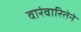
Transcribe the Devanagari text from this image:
वारंवारितेने